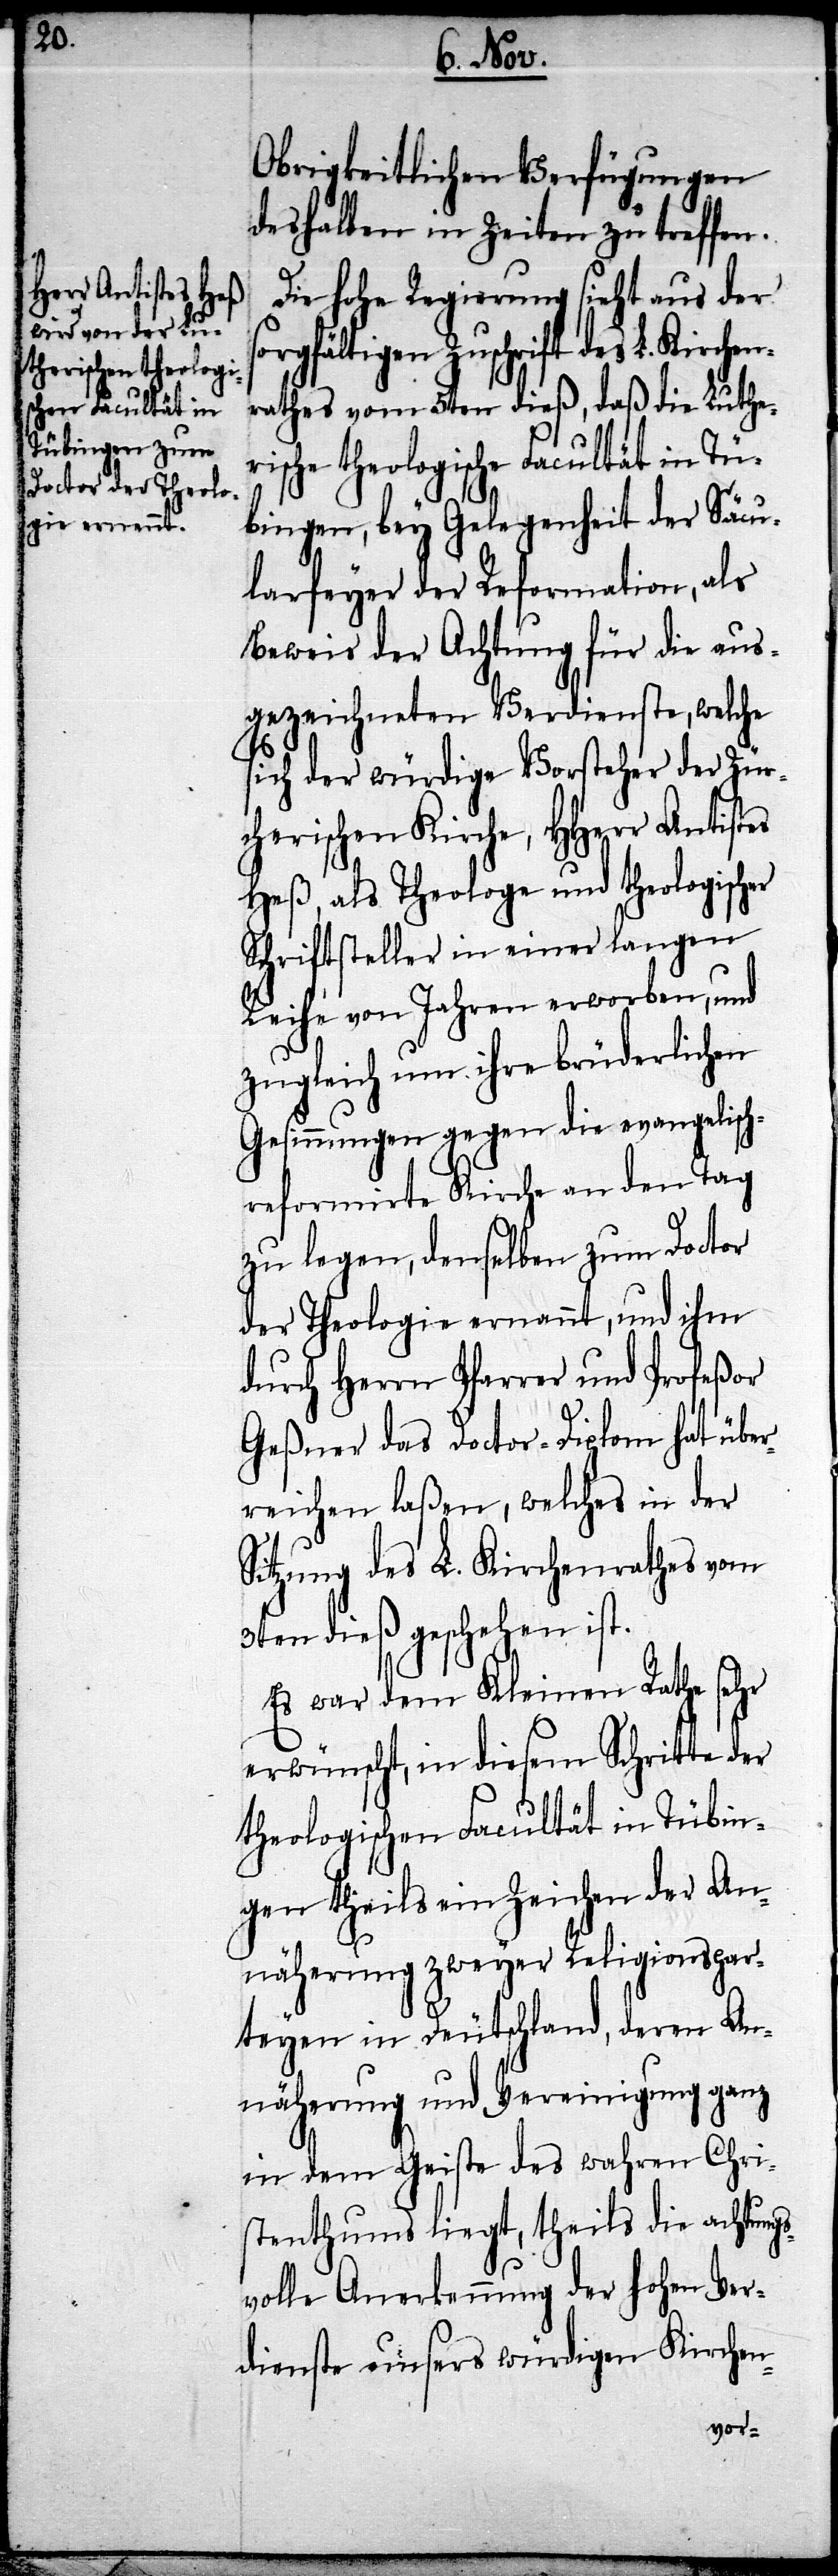
Obrigkeitlichen Verfügungen
deshalben in Zeiten zu treffen.
Die hohe Regierung sieht aus der
orgfältigen Zuschrift des L. Kirche¬
rathes vom 5ten dieß, daß die Luther¬
ische theologische Facultät in Tü¬
bingen, bey Gelegenheit der Säcu¬
larfeyer der Reformation, als
Beweis der Achtung für die aus¬
gezeichneten Verdienste, welche
sich der würdige Vorsteher der Zürc¬
herischen Kirche, HHerr Antist¬
Heß, als Theologe und theologischer
Schriftsteller in einer langen
Reihe von Jahren erworben, und
zugleich um ihre brüderlichen
Gesinnungen gegen die evangelisch-r¬
eformierte Kirche an den Tag
zu legen, denselben zum Doctor
der Theologie ernannt, und ihm
durch Herrn Pfarrer und Profeßor
Geßner das Doctor-Diplom hat über¬
reichen laßen, welches in der
Sitzung des L. Kirchenrathes vom
3ten dieß geschehen ist.
Es war dem Kleinen Rathe sehr
erwünscht, in diesem Schritte der
theologischen Facultät in Tübin¬
gen theils ein Zeichen der An¬
es
näherung zweyer Religionspar¬
teyen in Deutschland, deren An¬
näherung und Vereinigung ganz
in dem Geiste des wahren Chri¬
stenthums liegt, theils die achtungs¬
volle Anerkennung der Hohen Ver¬
dienste unsers würdigen Kirchen-